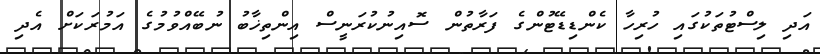
އަދި ލިސްޓުތަކުގައި ހުރިހާ ކެންޑިޑޭޓުންގެ ފަރާތުން ސޮއިނުކުރަނީސް އިންތިޚާބު ނުބޭއްވުމުގެ އަމުރަކަށް އެދި